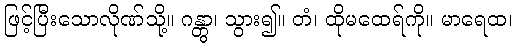
ဖြင့်ပြီးသောလိုဏ်သို့။ ဂန္တွာ၊ သွား၍။ တံ၊ ထိုမထေရ်ကို။ မာရေထ၊